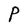
Character: P